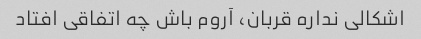
اشکالی نداره قربان، آروم باش چه اتفاقی افتاد